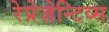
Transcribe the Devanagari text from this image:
रेप्रेज़ेन्टिव्स